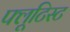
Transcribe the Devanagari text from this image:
फ्लूटिस्ट